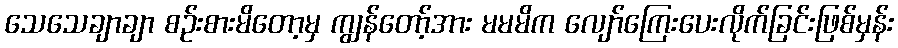
သေသေချာချာ စဉ်းစားမိတော့မှ ကျွန်တော့်အား မမမိက လျော်ကြေးပေးလိုက်ခြင်းဖြစ်မှန်း